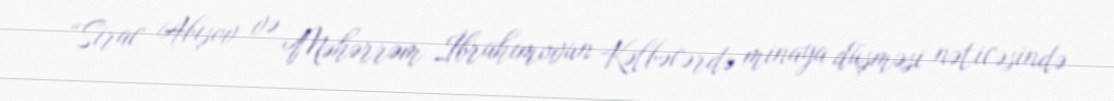
“Sirac Abışov və Məhərrəm İbrahimovun Kəlbəcərdə minaya düşməsi nəticəsində